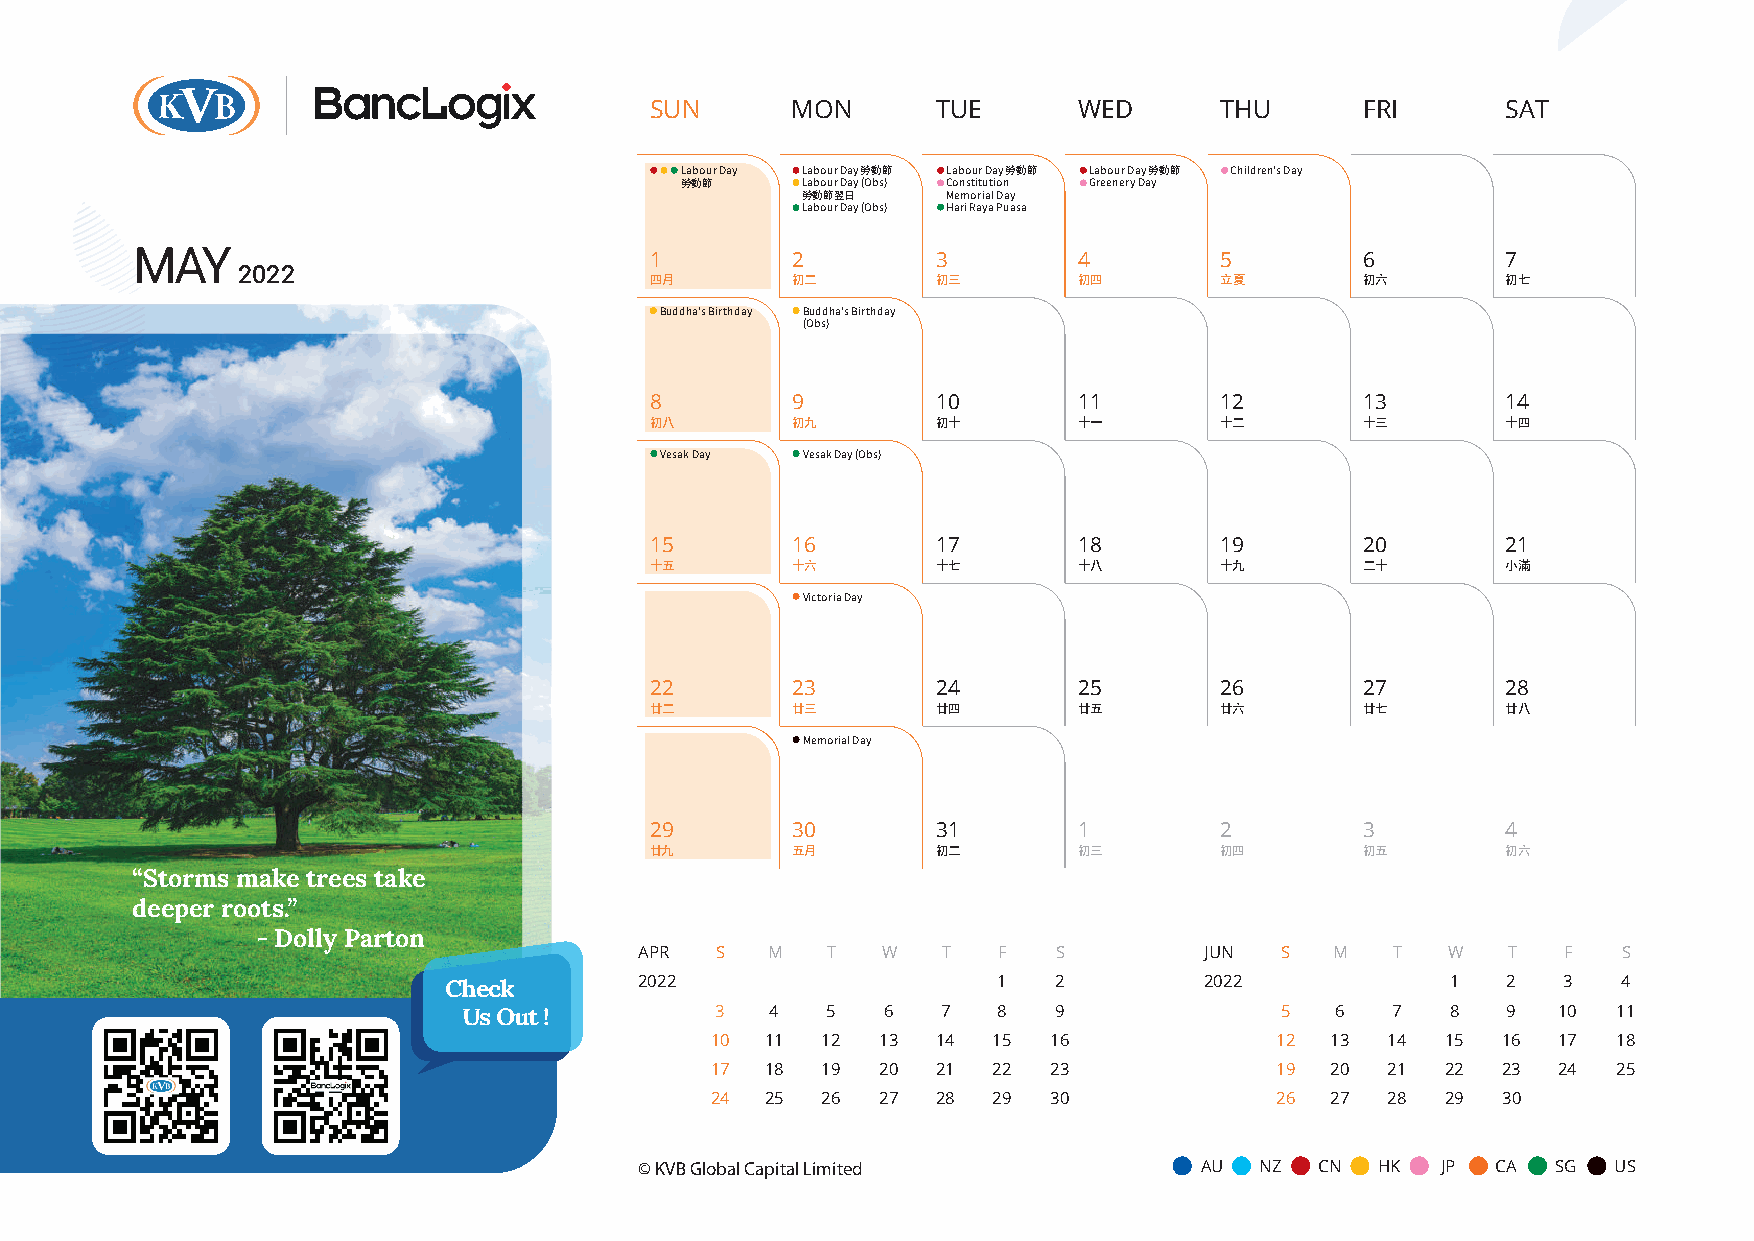
SUN      MON       TUE      WED       THU      FRI       SAT
 Labour Day Labour Day 勞動節 Labour Day 勞動節 Labour Day 勞動節 Children's Day
 勞動節     Labour Day (Obs) Constitution Greenery Day
 勞動節翌日     Memorial Day
 Labour Day (Obs) Hari Raya Puasa
 MAY                               1        2         3        4         5        6         7
 2022
 四月       初二        初三       初四        立夏       初六        初七
 Buddha's Birthday Buddha's Birthday
 (Obs)
 8        9         10       11        12       13        14
 初八       初九        初十       十一        十二       十三        十四
 Vesak Day Vesak Day (Obs)
 15       16        17       18        19       20        21
 十五       十六        十七       十八        十九       二十        小滿
 Victoria Day
 22       23        24       25        26       27        28
 廿二       廿三        廿四       廿五        廿六       廿七        廿八
 Memorial Day
 29       30        31       1         2        3         4
 廿九       五月        初二       初三        初四       初五        初六
 “Storms make trees take
 deeper roots.”
 - Dolly Parton
 APR  S   M   T  W   T   F   S         JUN  S  M   T   W   T   F  S
 Check        2022                    1   2         2022            1   2   3  4
 Us Out !        3   4   5   6  7   8   9              5  6   7   8   9  10  11
 10  11 12  13  14  15  16            12  13  14  15 16  17  18
 17  18 19  20  21  22  23            19  20  21  22 23  24  25
 24  25 26  27  28  29  30            26  27  28  29 30
 © KVB Global Capital Limited          AU NZ  CN  HK  JP  CA  SG  US